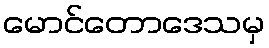
မောင်တောဒေသမှ